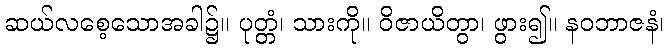
ဆယ်လစေ့သောအခါ၌။ ပုတ္တံ၊ သားကို။ ဝိဇာယိတွာ၊ ဖွား၍။ နဝဘာဇနံ၊